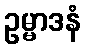
ဥမ္မာဒနံ